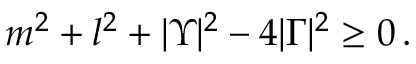
m ^ { 2 } + l ^ { 2 } + | \Upsilon | ^ { 2 } - 4 | \Gamma | ^ { 2 } \geq 0 \, .